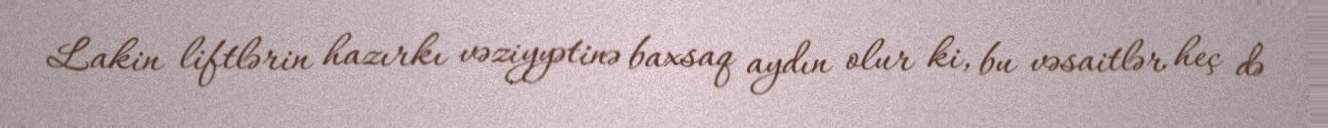
Lakin liftlərin hazırkı vəziyyətinə baxsaq aydın olur ki, bu vəsaitlər heç də